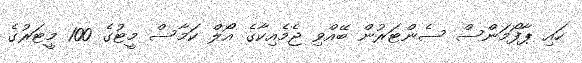
ހައި ޕާފޯމަންސް ސެންޓަރުން ބޭއްވި ޖެމެއިކާގެ އޯލް ކަމާސް މީޓުގެ 100 މީޓަރުގެ